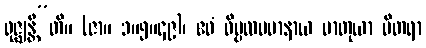
ရုဇ္ဈန္တီ”တိ။ (ဇာ။ ၁။၅။၄၉)၊ ဧဝံ ဝိပ္ပလပမာနာယ မာတုယာ ပိတရာ